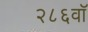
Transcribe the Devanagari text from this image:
२८६वॉ